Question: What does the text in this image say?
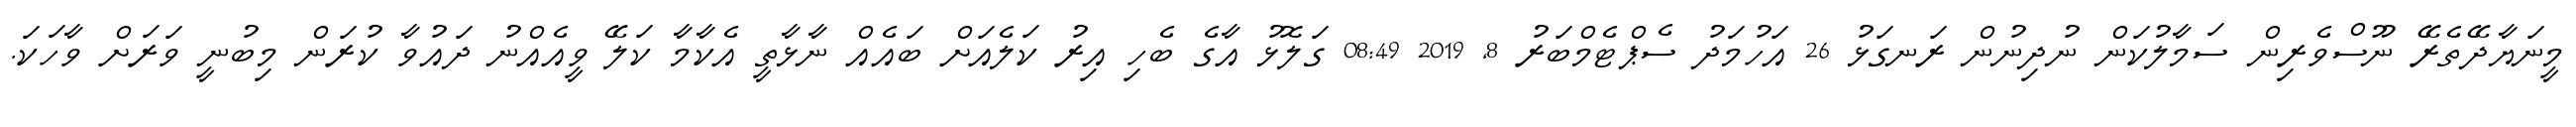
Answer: މީނަޔާދޭތެރޭ ނޫސްވެރިން ސަމާލުކަން ނުދިނުން ރަނގަޅު 26 އަހުމަދު ސެޕްޓެމްބަރު 8, 2019 08:49 ގަލޮޅު އާގެ ބެހި އިރު ކަލެއަށް ބައެއް ނާޅާތީ އެކާމާ ކަލޭ ވީއެއްނު ދައުވާ ކުރަން މިބުނީ ވަރަށް ވާހަކަ.